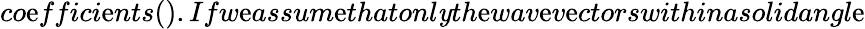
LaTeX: co\mathrm{e}ffici\mathrm{e}nts().Ifw\mathrm{e}assum\mathrm{e}thatonl\mathit{y}th\mathrm{e}wav\mathrm{e}v\mathrm{e}ctorswithinasolidangl\mathrm{e}